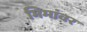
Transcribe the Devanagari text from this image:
मिमांवर